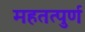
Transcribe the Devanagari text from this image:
महतत्पुर्ण